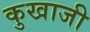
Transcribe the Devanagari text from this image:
कुखाजी